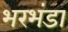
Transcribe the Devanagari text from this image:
भरभंडा